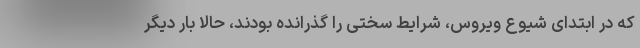
که در ابتدای شیوع ویروس، شرایط سختی را گذرانده بودند، حالا بار دیگر